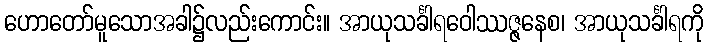
ဟောတော်မူသောအခါ၌လည်းကောင်း။ အာယုသင်္ခါရဝေါဿဇ္ဇနေစ၊ အာယုသင်္ခါရကို